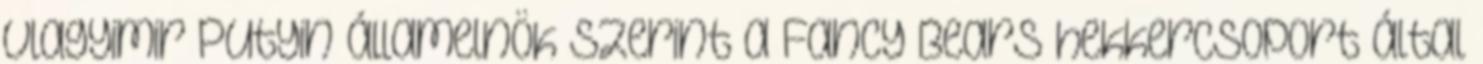
Vlagyimir Putyin államelnök szerint a Fancy Bears hekkercsoport által